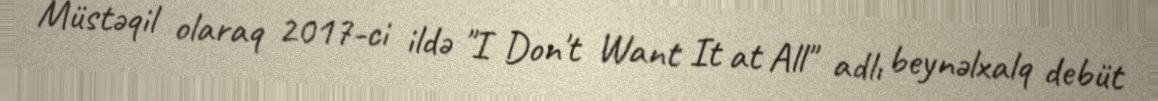
Müstəqil olaraq 2017-ci ildə "I Don't Want It at All" adlı beynəlxalq debüt